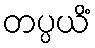
တပ္ပယိံ